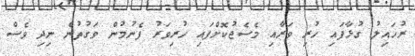
ރުހައިލު ގުޅާފައި ހުރި ވަރާއި މެސެޖުކޮށްފައި ހުރިވަރު ފެނުމުން ވަގުތުން ނިދި ވެސް